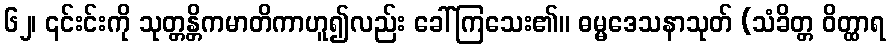
၆၂၊ ၎င်းင်းကို သုတ္တန္တိကမာတိကာဟူ၍လည်း ခေါ်ကြသေး၏။ ဓမ္မဒေသနာသုတ် (သံခိတ္တ ဝိတ္ထာရ